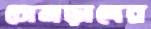
চোমড়াদের